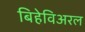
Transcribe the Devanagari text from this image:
बिहेविअरल